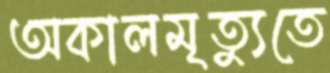
অকালমৃত্যুতে